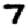
Digit: 7